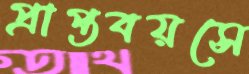
প্রাপ্তবয়সে